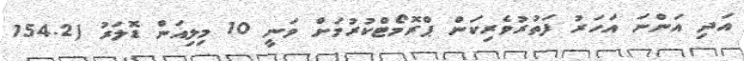
އަދި އަންނަ އަހަރު ފަތުރުވެރިކަން ޕްރޮމޯޓްކުރުމަށް ވަނީ 10 މިލިއަން ޑޮލަރު (154.2